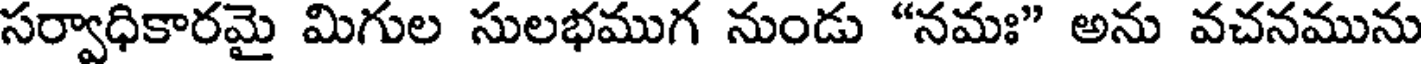
సర్వాధికారమై మిగుల సులభముగ నుండు "నమః" అను వచనమును